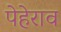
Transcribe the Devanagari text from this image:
पेहेराव